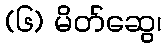
(၆) မိတ်ဆွေ၊